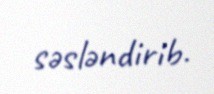
səsləndirib.